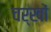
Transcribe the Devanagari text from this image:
चर्खों